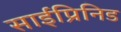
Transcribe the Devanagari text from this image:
साईप्रिनिड